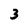
Character: 3